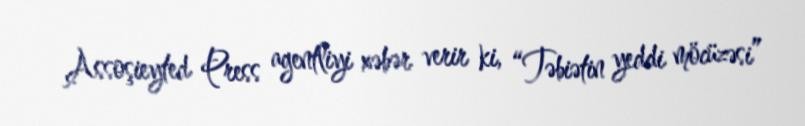
Assoşieyted Press agentliyi xəbər verir ki, “Təbiətin yeddi möcüzəsi”